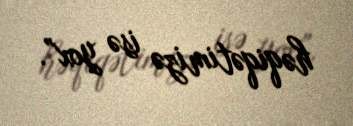
həqiqətimizə isə yox”.